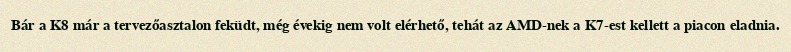
Bár a K8 már a tervezőasztalon feküdt, még évekig nem volt elérhető, tehát az AMD-nek a K7-est kellett a piacon eladnia.